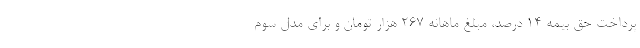
پرداخت حق بیمه ۱۴ درصد، مبلغ ماهانه ۲۶۷ هزار تومان و برای مدل سوم